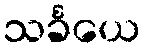
သင်္ခယေ